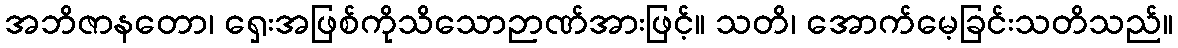
အဘိဇာနတော၊ ရှေးအဖြစ်ကိုသိသောဉာဏ်အားဖြင့်။ သတိ၊ အောက်မေ့ခြင်းသတိသည်။